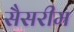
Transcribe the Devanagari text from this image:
सैसरीम